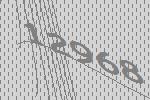
12968